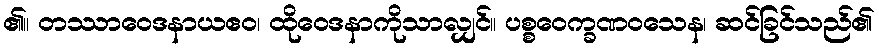
၏။ တဿာဝေဒနာယဧဝ၊ ထိုဝေဒနာကိုသာလျှင်။ ပစ္စဝေက္ခဏဝသေန၊ ဆင်ခြင်သည်၏